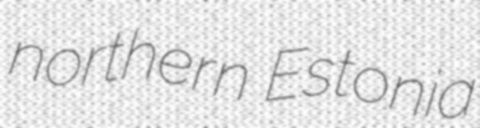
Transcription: northern Estonia